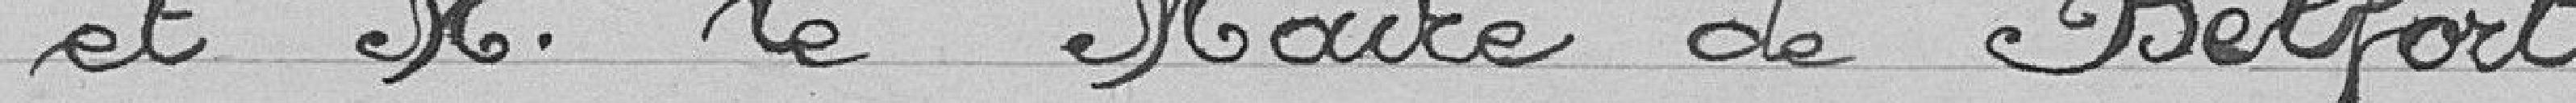
et M. le Maire de Belfort.